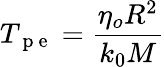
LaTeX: T_{\mathrm{~p~e~}}=\frac{\eta_{o}R^{2}}{k_{0}M}